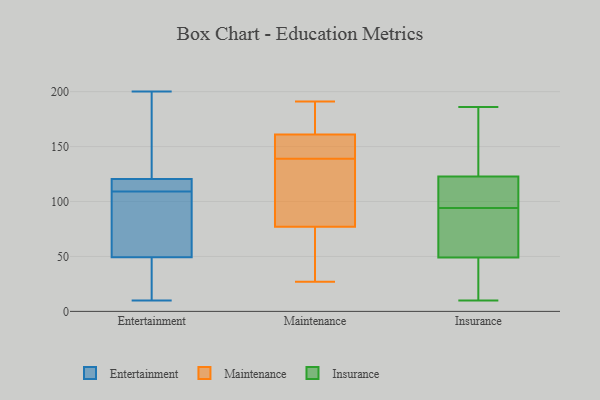
{"axis": {"x": "Bounce Rate (%)", "y": "Value"}, "legend": ["Entertainment", "Insurance", "Maintenance"], "data": [{"x": "", "y": 109, "type": "Entertainment"}, {"x": "", "y": 109, "type": "Entertainment"}, {"x": "", "y": 196, "type": "Entertainment"}, {"x": "", "y": 23, "type": "Entertainment"}, {"x": "", "y": 53, "type": "Entertainment"}, {"x": "", "y": 145, "type": "Entertainment"}, {"x": "", "y": 121, "type": "Entertainment"}, {"x": "", "y": 46, "type": "Entertainment"}, {"x": "", "y": 60, "type": "Entertainment"}, {"x": "", "y": 48, "type": "Entertainment"}, {"x": "", "y": 109, "type": "Entertainment"}, {"x": "", "y": 88, "type": "Entertainment"}, {"x": "", "y": 119, "type": "Entertainment"}, {"x": "", "y": 128, "type": "Entertainment"}, {"x": "", "y": 109, "type": "Entertainment"}, {"x": "", "y": 200, "type": "Entertainment"}, {"x": "", "y": 10, "type": "Entertainment"}, {"x": "", "y": 36, "type": "Entertainment"}, {"x": "", "y": 116, "type": "Entertainment"}, {"x": "", "y": 161, "type": "Maintenance"}, {"x": "", "y": 121, "type": "Maintenance"}, {"x": "", "y": 150, "type": "Maintenance"}, {"x": "", "y": 148, "type": "Maintenance"}, {"x": "", "y": 33, "type": "Maintenance"}, {"x": "", "y": 105, "type": "Maintenance"}, {"x": "", "y": 27, "type": "Maintenance"}, {"x": "", "y": 181, "type": "Maintenance"}, {"x": "", "y": 87, "type": "Maintenance"}, {"x": "", "y": 140, "type": "Maintenance"}, {"x": "", "y": 186, "type": "Maintenance"}, {"x": "", "y": 147, "type": "Maintenance"}, {"x": "", "y": 31, "type": "Maintenance"}, {"x": "", "y": 40, "type": "Maintenance"}, {"x": "", "y": 138, "type": "Maintenance"}, {"x": "", "y": 189, "type": "Maintenance"}, {"x": "", "y": 191, "type": "Maintenance"}, {"x": "", "y": 77, "type": "Maintenance"}, {"x": "", "y": 121, "type": "Insurance"}, {"x": "", "y": 60, "type": "Insurance"}, {"x": "", "y": 100, "type": "Insurance"}, {"x": "", "y": 101, "type": "Insurance"}, {"x": "", "y": 186, "type": "Insurance"}, {"x": "", "y": 58, "type": "Insurance"}, {"x": "", "y": 170, "type": "Insurance"}, {"x": "", "y": 44, "type": "Insurance"}, {"x": "", "y": 131, "type": "Insurance"}, {"x": "", "y": 40, "type": "Insurance"}, {"x": "", "y": 49, "type": "Insurance"}, {"x": "", "y": 49, "type": "Insurance"}, {"x": "", "y": 10, "type": "Insurance"}, {"x": "", "y": 53, "type": "Insurance"}, {"x": "", "y": 98, "type": "Insurance"}, {"x": "", "y": 94, "type": "Insurance"}, {"x": "", "y": 128, "type": "Insurance"}]}